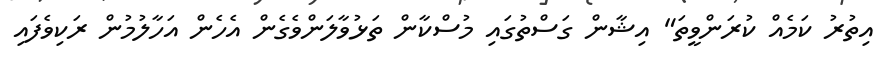
އިތުރު ކަމެއް ކުރަންވީތަ" އިޝާން ގަސްތުގައި މުސްކާން ތަޅުވާލަންވެގެން އެހެން އަހާލުމުން ރަކިވެފައި